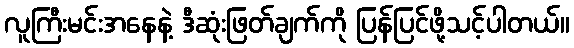
လူကြီးမင်းအနေနဲ့ ဒီဆုံးဖြတ်ချက်ကို ပြန်ပြင်ဖို့သင့်ပါတယ်။